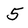
Character: 5